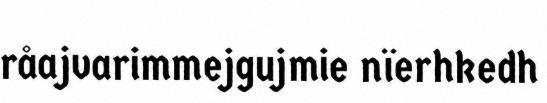
råajvarimmejgujmie nïerhkedh